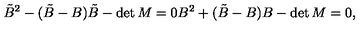
\tilde { B } ^ { 2 } - ( \tilde { B } - B ) \tilde { B } - \det M = 0 B ^ { 2 } + ( \tilde { B } - B ) B - \det M = 0 , \,